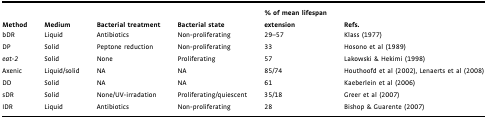
| Method | Medium | Bacterial treatment | Bacterial state | % of mean lifespan extension | Refs. |
 | --- | --- | --- | --- | --- | --- |
 | bDR | Liquid | Antibiotics | Non-proliferating | 29–57 | Klass (1977) |
 | DP | Solid | Peptone reduction | Non-proliferating | 33 | Hosono et al (1989) |
 | eat-2 | Solid | None | Proliferating | 57 | Lakowski & Hekimi (1998) |
 | Axenic | Liquid/solid | NA | NA | 85/74 | Houthoofd et al (2002), Lenaerts et al (2008) |
 | DD | Solid | NA | NA | 61 | Kaeberlein et al (2006) |
 | sDR | Solid | None/UV-irradation | Proliferating/quiescent | 35/18 | Greer et al (2007) |
 | IDR | Liquid | Antibiotics | Non-proliferating | 28 | Bishop & Guarente (2007) |